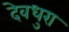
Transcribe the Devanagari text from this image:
देवधुरा